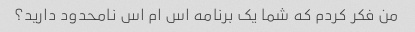
من فکر کردم که شما یک برنامه اس ام اس نامحدود دارید؟